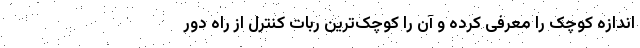
اندازه کوچک را معرفی کرده و آن را کوچک‌ترین ربات کنترل از راه دور